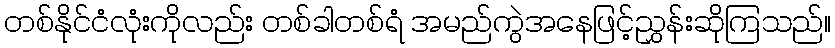
တစ်နိုင်ငံလုံးကိုလည်း တစ်ခါတစ်ရံ အမည်ကွဲအနေဖြင့်ညွှန်းဆိုကြသည်။